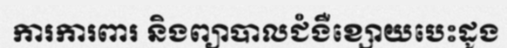
ការការពារ និងព្យាបាលជំងឺខ្សោយបេះដូង